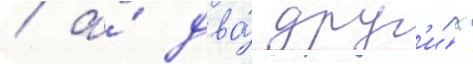
/ а́ два́ друг'и́х